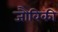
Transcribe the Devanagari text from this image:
जौविकी